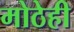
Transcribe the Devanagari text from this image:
मोठेही